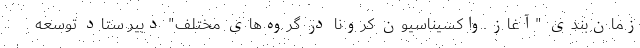
زمان‌بندی "آغاز واکسیناسیون کرونا در گروه‌های مختلف" دبیر ستاد توسعه